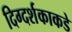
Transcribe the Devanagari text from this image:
दिग्दर्शकाकडे